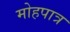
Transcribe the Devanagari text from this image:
मोहपात्र